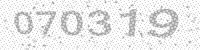
Solution: 070319